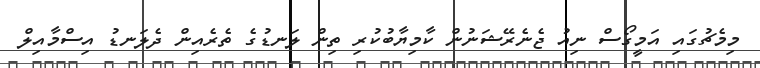
މިމެޗުގައި އަމީގޯސް ނިއު ޖެނެރޭޝަނުން ކާމިޔާބުކުރި ތިން ލަނޑުގެ ތެރެއިން ދެލަނޑު އިސްމާއިލް